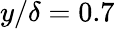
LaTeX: y/\delta=0.7